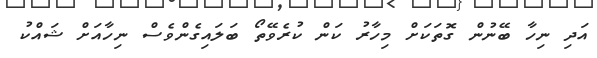
އަދި ނިހާ ބޭނުން ގޮތަކަށް މިހާރު ކަން ކުރެވޭތޯ ބަލައިގެންވެސް ނިހާއަށް ޝައްކު